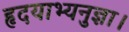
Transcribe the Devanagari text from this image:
हृदयाभ्यनुज्ञा।